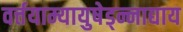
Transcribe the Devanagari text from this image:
वर्त्तयाम्यायुषेड्न्नाद्याय